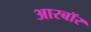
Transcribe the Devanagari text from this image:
आरबॉर